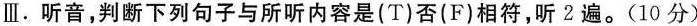
Ⅲ.听音,判断下列句子与所听内容是(T)否(F)相符,听2遍.(10 分)